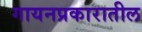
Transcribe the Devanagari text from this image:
गायनप्रकारातील